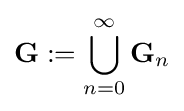
\mathbf {G} :=\bigcup _{n=0}^{\infty }\mathbf {G} _{n}